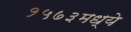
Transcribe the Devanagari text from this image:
१५७३मध्ये